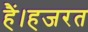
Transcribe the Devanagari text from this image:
हैं।हजरत